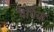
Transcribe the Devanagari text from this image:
बेर्विक